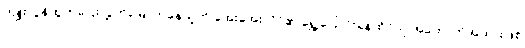
ကျူးလွန်ထွက်ပြေးလွှတ်မြောက်နေသူကို အေးအေးလှိုင်၏ ရွှေ့ပြောင်းနေထိုင်သူ အထောက်အထားဖြစ်